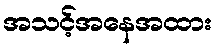
အသင့်အနေအထား